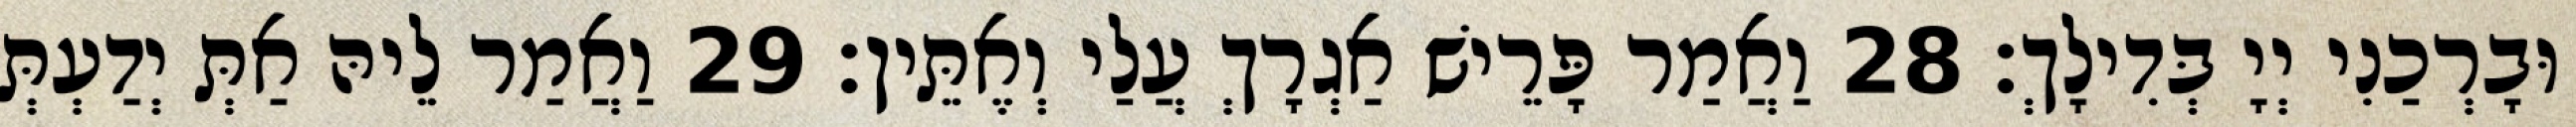
וּבָרְכַנִי יְיָ בְּדִילָךְ׃ 28 וַאֲמַר פָּרֵישׁ אַגְרָךְ עֲלַי וְאֶתֵּין׃ 29 וַאֲמַר לֵיהּ אַתְּ יְדַעְתְּ